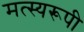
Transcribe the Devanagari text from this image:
मत्स्यरूपी